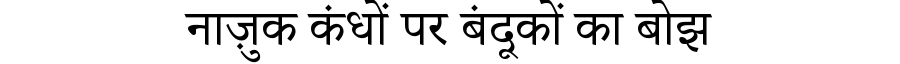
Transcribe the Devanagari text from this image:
नाज़ुक कंधों पर बंदूकों का बोझ